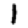
Digit: 1